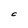
Character: 0